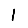
Digit: 1